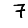
Digit: 7